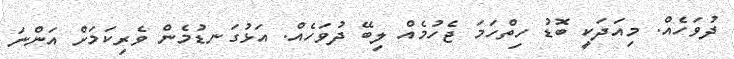
ދުވަހެއް. މިއަދަކީ ބޮޑު ހިތްހަމަ ޖެހުމެއް ލިބޭ ދުވަހެއް. އަޅުގަނޑުމެން ވެރިކަމަށް އަންނަ